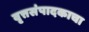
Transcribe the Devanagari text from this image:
वृत्तसंपादकाचा